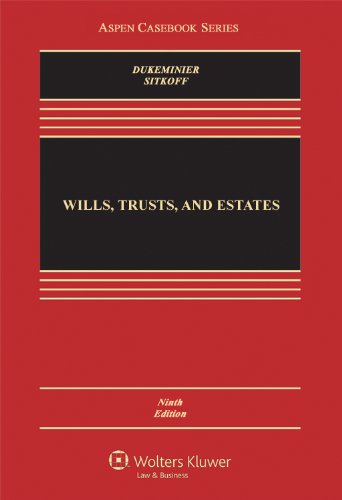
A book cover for Wills, Trusts, and Estates, Ninth Edition (Aspen Casebook); Jesse Dukeminier; Law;